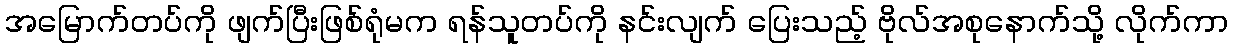
အမြောက်တပ်ကို ဖျက်ပြီးဖြစ်ရုံမက ရန်သူတပ်ကို နင်းလျက် ပြေးသည့် ဗိုလ်အစုနောက်သို့ လိုက်ကာ